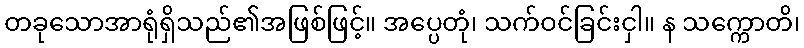
တခုသောအာရုံရှိသည်၏အဖြစ်ဖြင့်။ အပ္ပေတုံ၊ သက်ဝင်ခြင်းငှါ။ န သက္ကောတိ၊